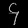
Digit: ၄